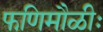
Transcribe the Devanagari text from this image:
फणिमौळीः